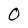
Character: 0